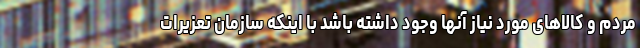
مردم و کالاهای مورد نیاز آنها وجود داشته باشد با اینکه سازمان تعزیرات